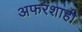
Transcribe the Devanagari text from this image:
अफरशाही